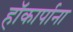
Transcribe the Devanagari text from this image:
हॉकार्पाना